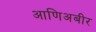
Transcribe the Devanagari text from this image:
आणिअबीर